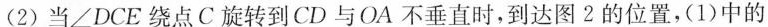
(2)当∠DCE绕点C旋转到CD与OA不垂直时，到达图2的位置，(1)中的